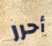
أحرر